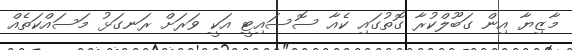
މާޒިޔާ އިން ގަބޫލްކުރާ ގޮތުގައި ކެއާ ސޮސައިޓީ އަކީ ވަރަށް ރަނގަޅު މަސައްކަތެއް